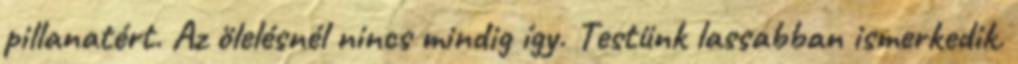
pillanatért. Az ölelésnél nincs mindig így. Testünk lassabban ismerkedik.